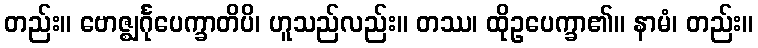
တည်း။ ဗောဇ္ဈင်္ဂုပေက္ခာတိပိ၊ ဟူသည်လည်း။ တဿ၊ ထိုဥပေက္ခာ၏။ နာမံ၊ တည်း။